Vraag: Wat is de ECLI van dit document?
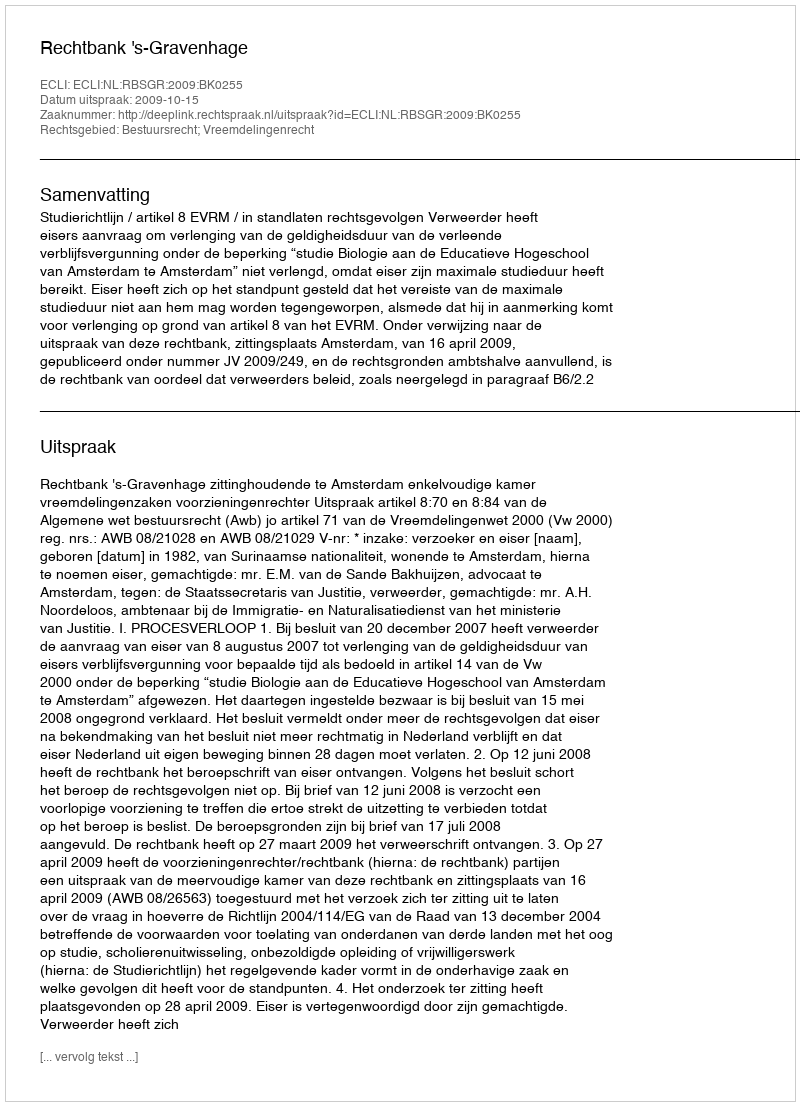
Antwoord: ECLI:NL:RBSGR:2009:BK0255